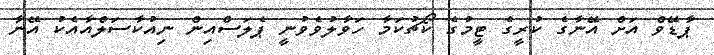
ޕާޑޭވް އަށް އޭނާގެ ކުރީގެ ޓީމުގެ ކޯޗުކަމާ ހަވާލުވެވުނީ ޕެލަސްއިން ނިއުކާސަލްއާއެކު އޭނާ